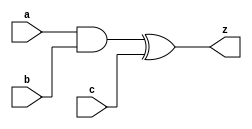
`timescale 1ns / 1ps
//////////////////////////////////////////////////////////////////////////////////
// Company: 
// Engineer:
// Design Name: 
// Module Name: Toffoli
// Project Name: 
// Target Devices: 
// Tool Versions: 
// Description: 
// 
// Dependencies: 
// 
// Revision:
// Revision 0.01 - File Created
// Additional Comments:
// 
//////////////////////////////////////////////////////////////////////////////////


module toffoli_gate(output z, input a, input b, input c);
    assign z = (a & b) ^ c;
endmodule